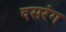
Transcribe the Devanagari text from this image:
दसरंग